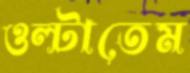
ওল্‌টাতেম